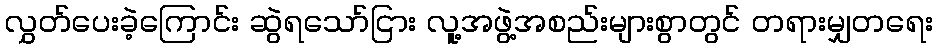
လွှတ်ပေးခဲ့ကြောင်း ဆွဲရသော်ငြား လူ့အဖွဲ့အစည်းများစွာတွင် တရားမျှတရေး